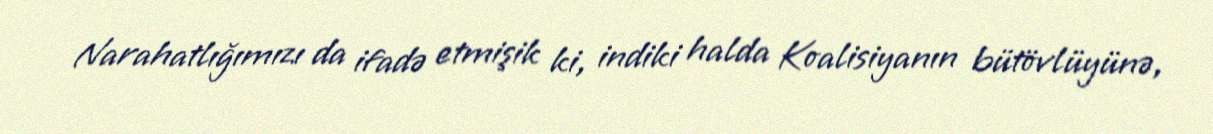
Narahatlığımızı da ifadə etmişik ki, indiki halda Koalisiyanın bütövlüyünə,